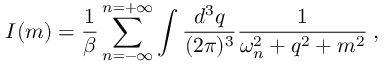
I ( m ) = \frac { 1 } { \beta } \sum _ { n = - \infty } ^ { n = + \infty } \int \frac { d ^ { 3 } q } { ( 2 \pi ) ^ { 3 } } \frac { 1 } { \omega _ { n } ^ { 2 } + q ^ { 2 } + m ^ { 2 } } \: ,